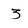
Character: 3